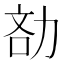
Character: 𠡧